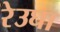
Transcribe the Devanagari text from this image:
रेउघा